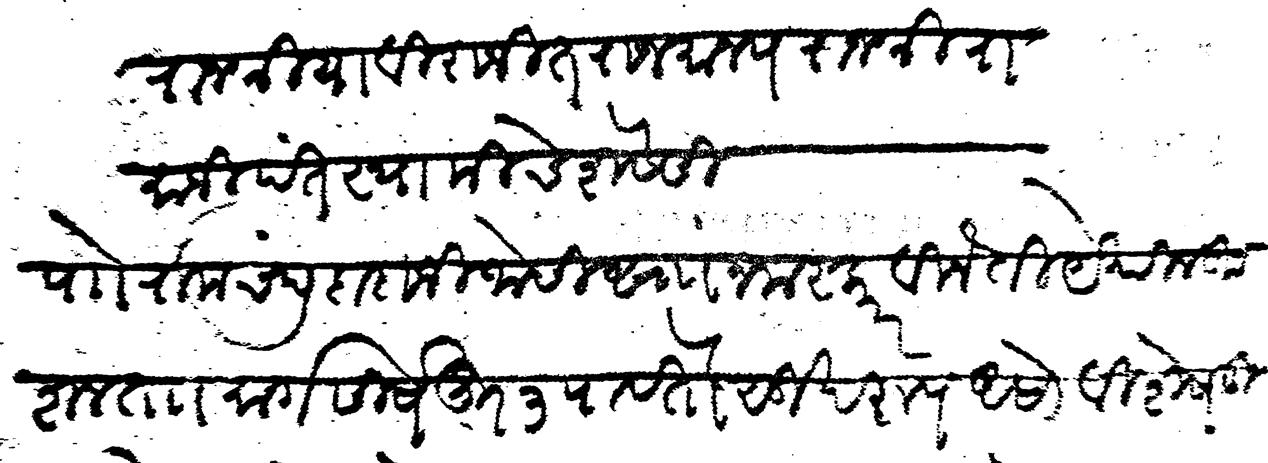
Transliteration (Devanagari): राजश्रिया विराजित राजमान्य राजश्री रामाजीपंत स्वामीचे शेवेसी पाो रामचंद्र दादाजी जोशी सां। नमस्कार विनंती येथील कुशल ता मार्गशीर्ष शु ३ पावेतो सुखरुप असो विशेष तुम्हास